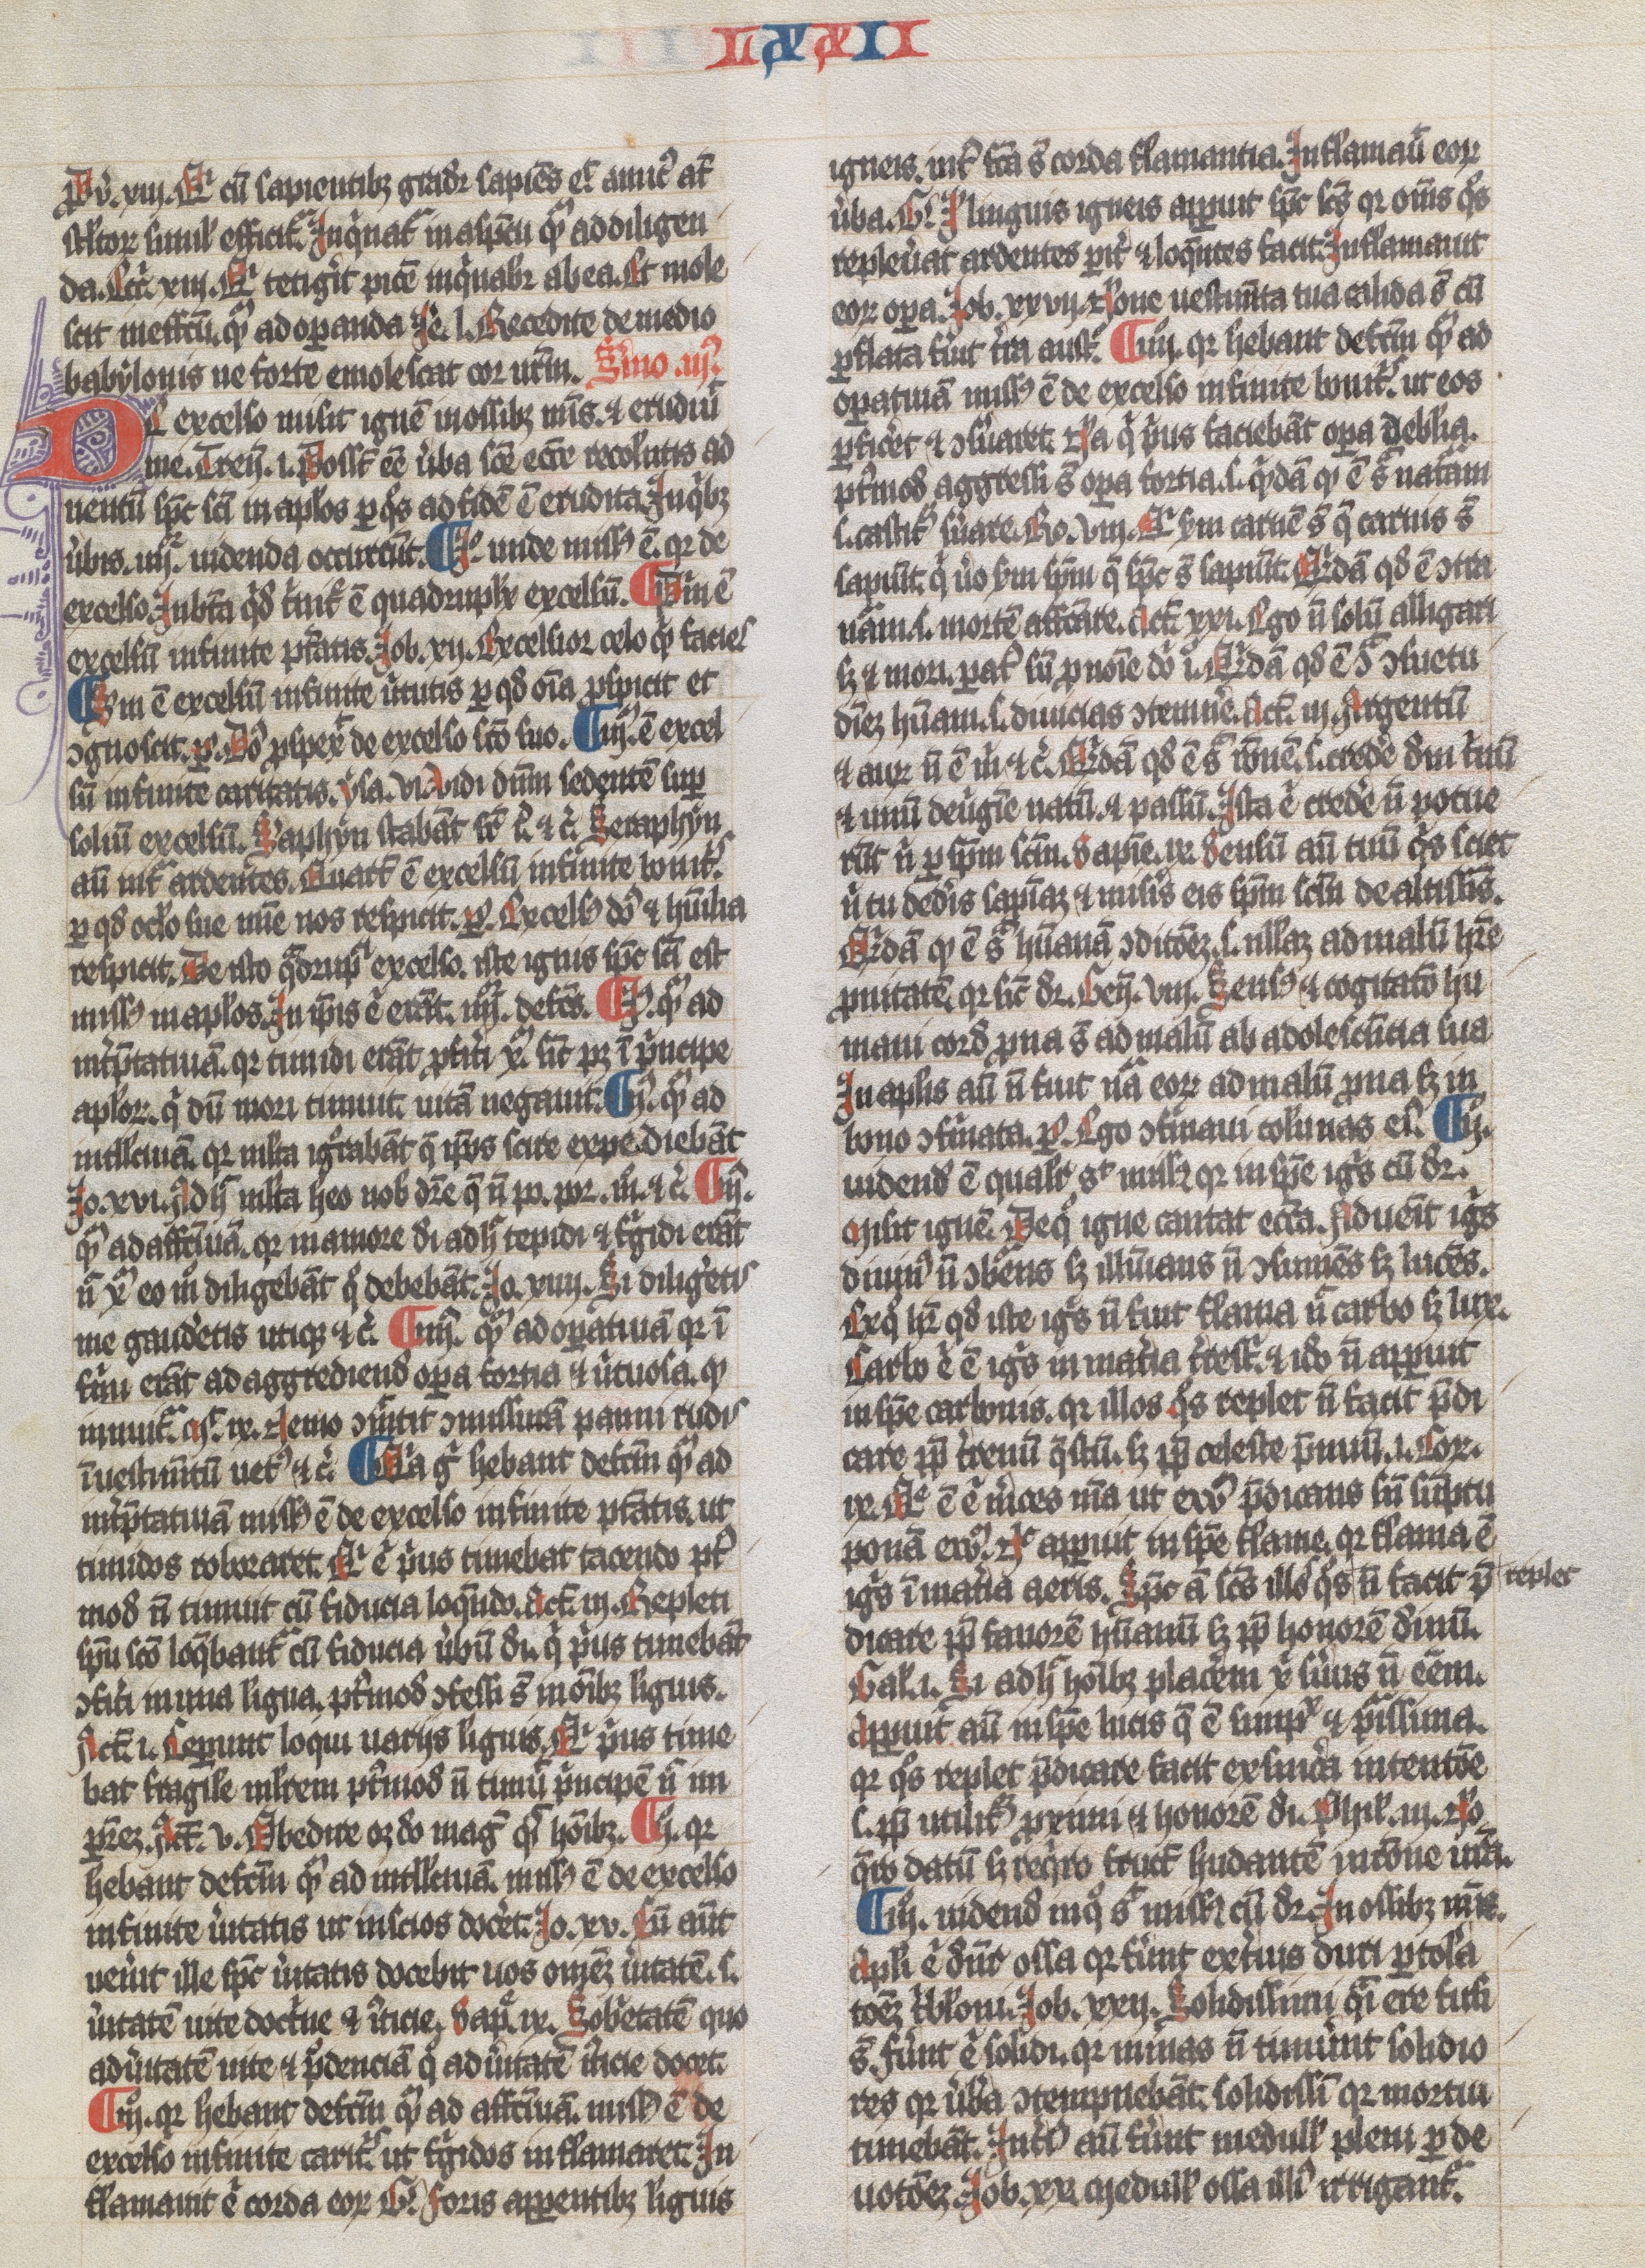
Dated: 1300–1349